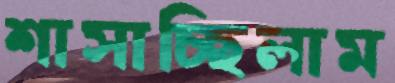
শাসাচ্ছিলাম